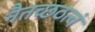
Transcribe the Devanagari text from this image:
नैतच्छठत्वं